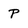
Character: P